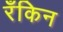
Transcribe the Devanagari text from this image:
रँकिन